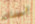
أحضان